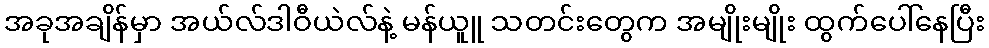
အခုအချိန်မှာ အယ်လ်ဒါဝီယဲလ်နဲ့ မန်ယူူ သတင်းတွေက အမျိုးမျိုး ထွက်ပေါ်နေပြီး